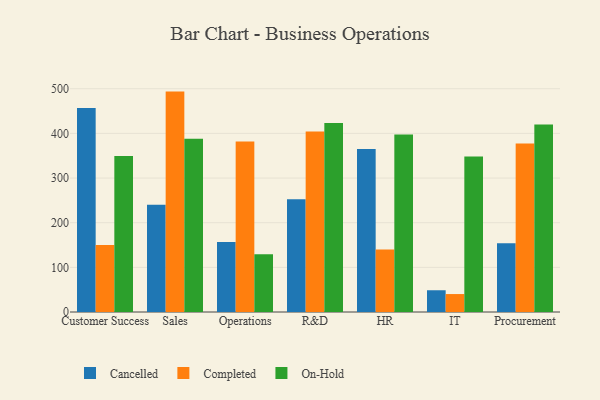
{"axis": {"x": "Department", "y": "LTV (USD)"}, "legend": ["Cancelled", "Completed", "On-Hold"], "data": [{"x": "Customer Success", "y": 457.0, "type": "Cancelled"}, {"x": "Customer Success", "y": 149.8, "type": "Completed"}, {"x": "Customer Success", "y": 349.4, "type": "On-Hold"}, {"x": "Sales", "y": 240.3, "type": "Cancelled"}, {"x": "Sales", "y": 493.6, "type": "Completed"}, {"x": "Sales", "y": 388.0, "type": "On-Hold"}, {"x": "Operations", "y": 156.5, "type": "Cancelled"}, {"x": "Operations", "y": 381.6, "type": "Completed"}, {"x": "Operations", "y": 129.1, "type": "On-Hold"}, {"x": "R&D", "y": 252.3, "type": "Cancelled"}, {"x": "R&D", "y": 404.5, "type": "Completed"}, {"x": "R&D", "y": 423.2, "type": "On-Hold"}, {"x": "HR", "y": 365.1, "type": "Cancelled"}, {"x": "HR", "y": 140.2, "type": "Completed"}, {"x": "HR", "y": 397.4, "type": "On-Hold"}, {"x": "IT", "y": 48.7, "type": "Cancelled"}, {"x": "IT", "y": 40.2, "type": "Completed"}, {"x": "IT", "y": 348.0, "type": "On-Hold"}, {"x": "Procurement", "y": 153.7, "type": "Cancelled"}, {"x": "Procurement", "y": 377.4, "type": "Completed"}, {"x": "Procurement", "y": 419.8, "type": "On-Hold"}]}